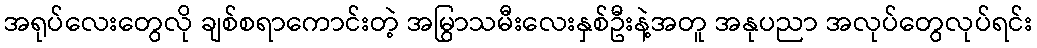
အရုပ်လေးတွေလို ချစ်စရာကောင်းတဲ့ အမြွာသမီးလေးနှစ်ဦးနဲ့အတူ အနုပညာ အလုပ်တွေလုပ်ရင်း